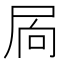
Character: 𭕜